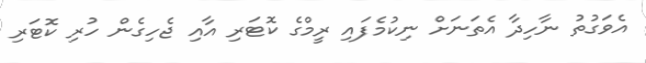
އެވަގުތު ނާހިދާ އެތަނަށް ނިކުމެފައި ރީމްގެ ކޮޓަރި އާއި ޖެހިގެން ހުރި ކޮޓަރި